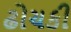
ઢોચકી